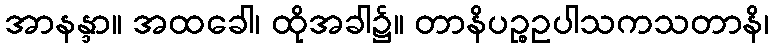
အာနန္ဒာ။ အထခေါ၊ ထိုအခါ၌။ တာနိပဉ္စဥပါသကသတာနိ၊